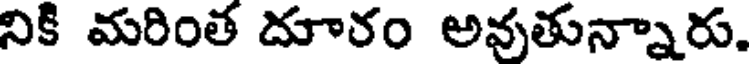
నికి మరింత దూరం అవుతున్నారు.